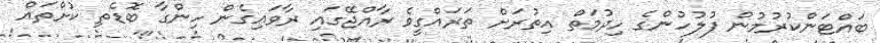
ބައްޓަންކުރުމުން ފުލުހުންގެ ހިދުމަތް އިތުރަށް ތަރައްގީވެ ރާއްޖޭގައި ރާވައިގެން ހިންގާ ބޮޑެތި ކުށްތައް